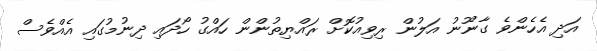
އަދި އެހެންވެ ގާާނޫނު އަލުން ރިވިއުކޮށް ރައްޔިތުންން ހައްގު ހޯދައި ދިނުމުގައި އެއްވެސް